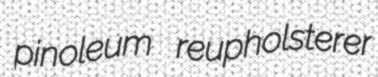
pinoleum reupholsterer